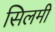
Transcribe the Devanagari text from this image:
सिलमी